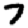
Digit: 7